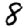
Digit: 8